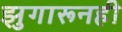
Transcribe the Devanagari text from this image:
झुगारूनही